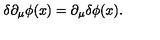
\delta \partial _ { \mu } \phi ( x ) = \partial _ { \mu } \delta \phi ( x ) .